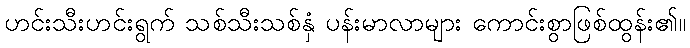
ဟင်းသီးဟင်းရွက် သစ်သီးသစ်နှံ ပန်းမာလာများ ကောင်းစွာဖြစ်ထွန်း၏။